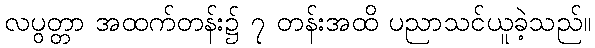
လပွတ္တာ အထက်တန်း၌ ၇ တန်းအထိ ပညာသင်ယူခဲ့သည်။